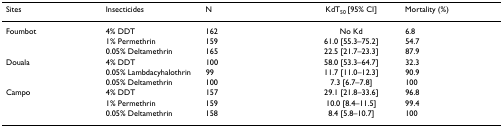
<table><thead><tr><td><b>Sites</b></td><td><b>Insecticides</b></td><td><b>N</b></td><td><b>KdT<sub>50 </sub>[95% CI]</b></td><td><b>Mortality (%)</b></td></tr></thead><tbody><tr><td>Foumbot</td><td>4% DDT</td><td>162</td><td>No Kd</td><td>6.8</td></tr><tr><td></td><td>1% Permethrin</td><td>159</td><td>61.0 [55.3–75.2]</td><td>54.7</td></tr><tr><td></td><td>0.05% Deltamethrin</td><td>165</td><td>22.5 [21.7–23.3]</td><td>87.9</td></tr><tr><td>Douala</td><td>4% DDT</td><td>100</td><td>58.0 [53.3–64.7]</td><td>32.3</td></tr><tr><td></td><td>0.05% Lambdacyhalothrin</td><td>99</td><td>11.7 [11.0–12.3]</td><td>90.9</td></tr><tr><td></td><td>0.05% Deltamethrin</td><td>100</td><td>7.3 [6.7–7.8]</td><td>100</td></tr><tr><td>Campo</td><td>4% DDT</td><td>157</td><td>29.1 [21.8–33.6]</td><td>96.8</td></tr><tr><td></td><td>1% Permethrin</td><td>159</td><td>10.0 [8.4–11.5]</td><td>99.4</td></tr><tr><td></td><td>0.05% Deltamethrin</td><td>158</td><td>8.4 [5.8–10.7]</td><td>100</td></tr></tbody></table>